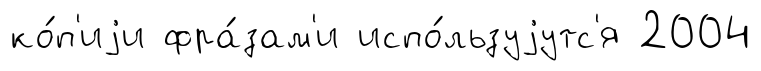
ко́п'иjи фра́зам'и испо́льзуjутс'я 2004